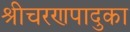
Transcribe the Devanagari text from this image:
श्रीचरणपादुका